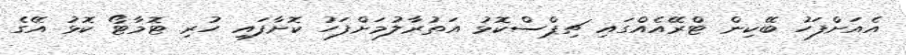
އެއަށްފަހު ބޭކިން ޓްރޭއެއްގައި ޗިޕްސްކޮޅު އަތުރާލުމަށްފަހު ކޮށާފައި ހުރި ޓޮމާޓޯ ކޮޅު އޭގެ